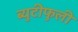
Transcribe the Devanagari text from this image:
ब्युटीफुली